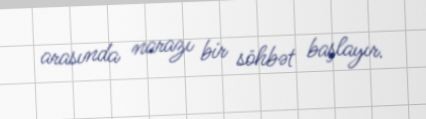
arasında narazı bir söhbət başlayır.